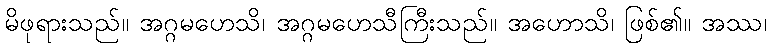
မိဖုရားသည်။ အဂ္ဂမဟေသိ၊ အဂ္ဂမဟေသီကြီးသည်။ အဟောသိ၊ ဖြစ်၏။ အဿ၊